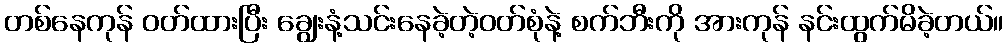
တစ်နေကုန် ဝတ်ထားပြီး ချွေးနံ့သင်းနေခဲ့တဲ့ဝတ်စုံနဲ့ စက်ဘီးကို အားကုန် နင်းထွက်မိခဲ့တယ်။